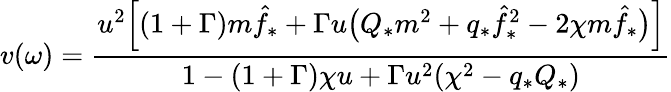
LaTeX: v(\omega)=\frac{u^{2}\Big[(1+\Gamma)m\hat{f}_{*}+\Gamma u\big(Q_{*}m^{2}+q_{*}\hat{f}_{*}^{2}-2\chi m\hat{f}_{*}\big)\Big]}{1-(1+\Gamma)\chi u+\Gamma u^{2}(\chi^{2}-q_{*}Q_{*})}